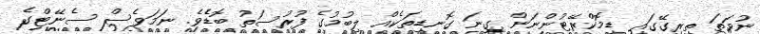
ނުވަތަ ތިރިގޭގައި ޑިމޮކްރޭޓުންނަން ގިނަ ގޮނޑިތަކެއް ލިބުމުގެ ފުރުސަތު ބޮޑެެވެ. ނަމަވެސް ސެނޭޓްގެ